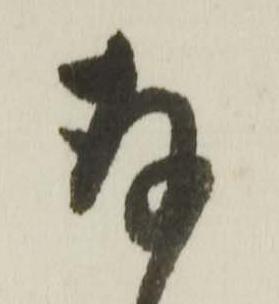
存